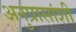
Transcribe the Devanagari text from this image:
अनुप्रासांशी